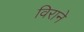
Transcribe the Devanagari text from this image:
विराने